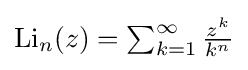
{\textstyle \operatorname {Li} _{n}(z)=\sum _{k=1}^{\infty }{\frac {z^{k}}{k^{n}}}}